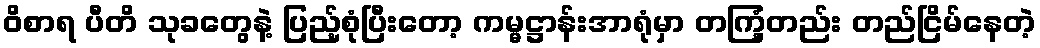
ဝိစာရ ပီတိ သုခတွေနဲ့ ပြည့်စုံပြီးတော့ ကမ္မဋ္ဌာန်းအာရုံမှာ တကြံ့တည်း တည်ငြိမ်နေတဲ့